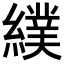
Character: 𦄾